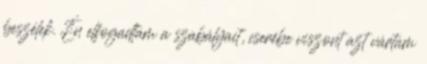
beszélek. Én elfogadtam a szabályait, cserébe viszont azt vártam